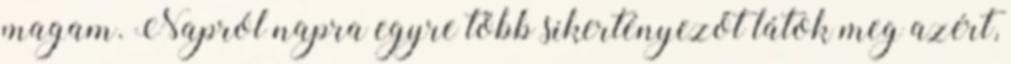
magam. Napról napra egyre több sikertényezőt látok meg azért,